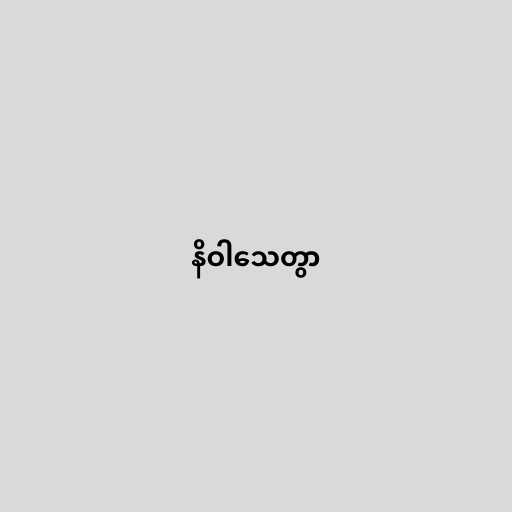
နိဝါသေတွာ